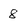
Character: 8